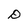
Character: D